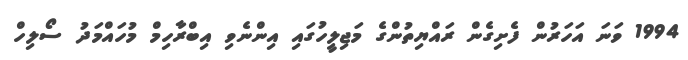
1994 ވަނަ އަހަރުން ފެށިގެން ރައްޔިތުންގެ މަޖިލީހުގައި އިންނެވި އިބްރާހިމް މުހައްމަދު ސޯލިހް